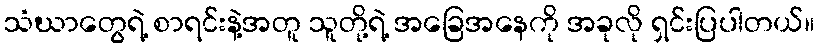
သံဃာတွေရဲ့ စာရင်းနဲ့အတူ သူတို့ရဲ့ အခြေအနေကို အခုလို ရှင်းပြပါတယ်။